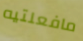
مافعلتيه